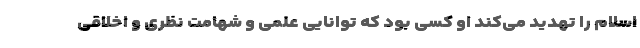
اسلام را تهدید می‌کند او کسی بود که توانایی علمی و شهامت نظری و اخلاقی